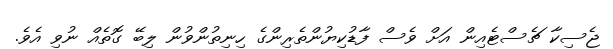
ޖެސިކާ ޗެސްޓެއިން އަށް ވެސް ފާޑުކިޔުންތެރިންގެ ހިނިތުންވުން ލިބޭ ގޮތެއް ނުވި އެވެ.